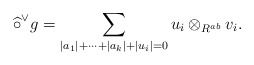
\begin{align*}\widehat{\circ}^{\vee} g=\sum_{\lvert a_1 \rvert + \cdots + \lvert a_k \rvert + \lvert u_i \rvert=0}u_i \otimes_{{R}^{ab}} v_i. \end{align*}